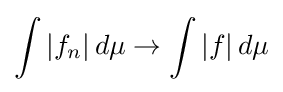
\int |f_{n}|\,d\mu \to \int |f|\,d\mu